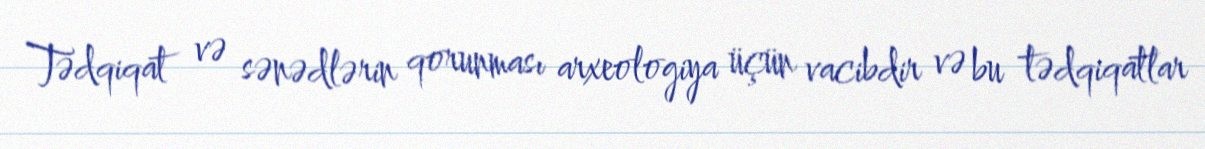
Tədqiqat və sənədlərin qorunması arxeologiya üçün vacibdir və bu tədqiqatlar